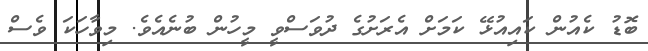
ބޮޑު ކެއުން ކައިއުޅޭ ކަމަށް އެރަށުގެ ދުވަސްވީ މީހުން ބުނެއެވެ. މިވާހަކަ ވެސް